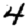
Digit: 4